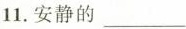
11.安静的___